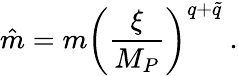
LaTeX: \hat{m}=m\left({\frac{\xi}{M_{P}}}\right)^{q+\tilde{q}}\ .